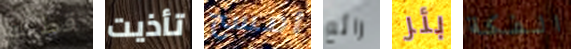
قطتك تأذيت امسح رائع بئر الفكة